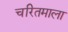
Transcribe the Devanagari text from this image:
चरितमाला